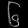
Digit: ၆